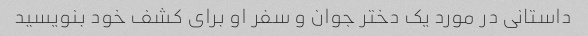
داستانی در مورد یک دختر جوان و سفر او برای کشف خود بنویسید